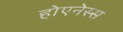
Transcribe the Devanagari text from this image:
होएनेस्स